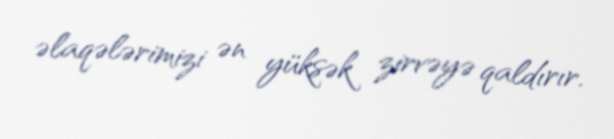
əlaqələrimizi ən yüksək zirvəyə qaldırır.